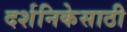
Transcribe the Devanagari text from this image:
दर्शनिकेसाठी